Report of the Hyderabad Chloroform Commission
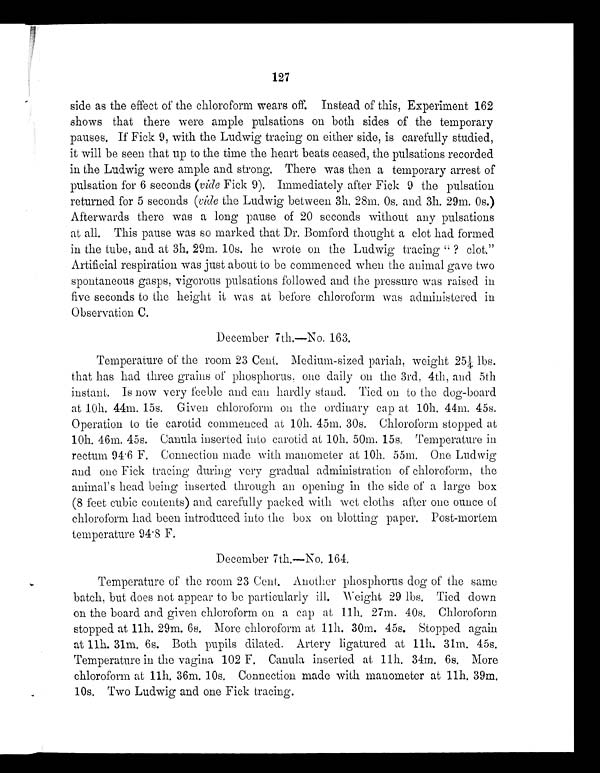
127
side as the effect of the chloroform wears off. Instead of this, Experiment 162
shows that there were ample pulsations on both sides of the temporary
pauses, If Fick 9, with the Ludwig tracing on either side, is carefully studied,
it will be seen that up to the time the heart beats ceased, the pulsations recorded
in the Ludwig were ample and strong. There was then a temporary arrest of
pulsation for 6 seconds (vide Fick 9). Immediately after Fick 9 the pulsation
returned for 5 seconds ( vide the Ludwig between 3h. 28m. 0s. and 3h. 29m, 0s.)
Afterwards there was a long pause of 20 seconds without any pulsations
at all. This pause was so marked that Dr. Bomford thought a clot had formed
in the tube, and at 3h. 29m. 10s, he wrote on the Ludwig tracing"? clot."
Artificial respiration was just about to be commenced when the animal gave two
spontaneous gasps, vigorous pulsations followed and the pressure was raised in
five seconds to the height it was at before chloroform was administered in
Observation C.
December 7th.—No. 163.
Temperature of the room 23 Cent. Medium-sized pariah, weight 25 1/4 lbs.
that has had three grains of phosphorus, one daily on the 3rd, 4th, and 5th
instant. Is now very feeble and can hardly stand, Tied on to the dog-board
a t 1 0 h . 4 4 m. 1 5 s . Gi v e n c h l o r o f o r m o n t h e o r d i n a r y c a p a t 1 0 h . 4 4 m. 4 5 s .
Operation to tie carotid commenced at 10h. 45m. 30s. Chloroform stopped at
1 0 h . 4 6 m . 4 5 s . C a n u l a i n s e r t e d i n t o c a r o t i d a t 1 0 h . 5 0 m . 1 5 s . T e m p e r a t u r e i n
rectum 94.6 F. Connection made with manometer at 10h. 55m. One Ludwig
and one Fick tracing during very gradual administration of chloroform, the
animal's head being inserted through an opening in the side of a large box
(8 feet cubic contents) and carefully packed with wet cloths after one ounce of
chloroform had been introduced into the box on blotting paper. Post-mortem
temperature 94·8 F.
December 7th.—No. 164.
Temperature of the room 23 Cent. Another phosphorus dog of the same
batch, but does not appear to be particularly ill. Weight 29 lbs. Tied down
on the board and given chloroform on a cap at 11h. 27m. 40s. Chloroform
stopped at 11h. 29m. 6s. More chloroform at 11h. 30m. 45s. Stopped again
at 11h. 31m. 6s. Both pupils dilated. Artery ligatured at 11h. 31m. 45s.
Temperature in the vagina 102 F. Canula inserted at 11h. 34m. 6s. More
chloroform at 11h . 3 6 m. 1 0 s . Co n n e c t i o n ma d e wi t h ma n o me t e ra t
1 1 h . 3 9 m .
10s. Two Ludwig and one Fick tracing.